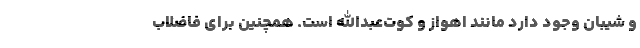
و شیبان وجود دارد مانند اهواز و کوت‌عبدالله است. همچنین برای فاضلاب